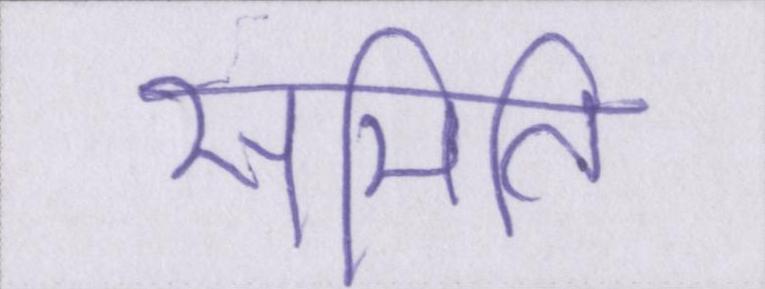
समिति